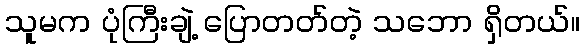
သူမက ပုံကြီးချဲ့ ပြောတတ်တဲ့ သဘော ရှိတယ်။